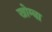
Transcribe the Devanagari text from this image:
खोम्बा